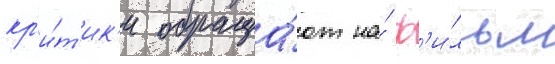
кр'и́т'ик'и обраща́ют на́ ф'и́льм